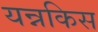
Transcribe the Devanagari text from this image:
यन्नकिस